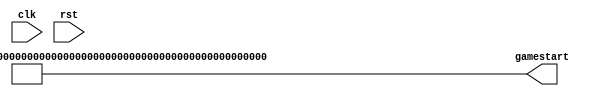
/*
   This file was generated automatically by the Mojo IDE version B1.3.6.
   Do not edit this file directly. Instead edit the original Lucid source.
   This is a temporary file and any changes made to it will be destroyed.
*/

module gamestart_5 (
    input clk,
    input rst,
    output reg [311:0] gamestart
  );
  
  
  
  reg [2047:0] array;
  
  reg [311:0] gs;
  
  
  always @* begin
    array[0+127-:128] = 128'h0f0e0d0c0b0a09080706050403020100;
    array[128+127-:128] = 128'h101112131415161718191a1b1c1d1e1f;
    array[256+127-:128] = 128'h2f2e2d2c2b2a29282726252423222120;
    array[384+127-:128] = 128'h303132333435363738393a3b3c3d3e3f;
    array[512+127-:128] = 128'h4f4e4d4c4b4a49484746454443424140;
    array[640+127-:128] = 128'h505152535455565758595a5b5c5d5e5f;
    array[768+127-:128] = 128'h6f6e6d6c6b6a69686766656463626160;
    array[896+127-:128] = 128'h707172737475767778797a7b7c7d7e7f;
    array[1024+127-:128] = 128'h8f8e8d8c8b8a89888786858483828180;
    array[1152+127-:128] = 128'h909192939495969798999a9b9c9d9e9f;
    array[1280+127-:128] = 128'hafaeadacabaaa9a8a7a6a5a4a3a2a1a0;
    array[1408+127-:128] = 128'hb0b1b2b3b4b5b6b7b8b9babbbcbdbebf;
    array[1536+127-:128] = 128'hcfcecdcccbcac9c8c7c6c5c4c3c2c1c0;
    array[1664+127-:128] = 128'hd0d1d2d3d4d5d6d7d8d9dadbdcdddedf;
    array[1792+127-:128] = 128'hefeeedecebeae9e8e7e6e5e4e3e2e1e0;
    array[1920+127-:128] = 128'hf0f1f2f3f4f5f6f7f8f9fafbfcfdfeff;
    gs[0+7-:8] = array[640+0+7-:8];
    gs[8+7-:8] = array[640+8+7-:8];
    gs[16+7-:8] = array[640+32+7-:8];
    gs[24+7-:8] = array[640+48+7-:8];
    gs[32+7-:8] = array[640+64+7-:8];
    gs[40+7-:8] = array[640+88+7-:8];
    gs[48+7-:8] = array[640+104+7-:8];
    gs[56+7-:8] = array[640+120+7-:8];
    gs[64+7-:8] = array[768+0+7-:8];
    gs[72+7-:8] = array[768+16+7-:8];
    gs[80+7-:8] = array[768+32+7-:8];
    gs[88+7-:8] = array[768+40+7-:8];
    gs[96+7-:8] = array[768+64+7-:8];
    gs[104+7-:8] = array[768+80+7-:8];
    gs[112+7-:8] = array[768+104+7-:8];
    gs[120+7-:8] = array[768+112+7-:8];
    gs[128+7-:8] = array[896+0+7-:8];
    gs[136+7-:8] = array[896+8+7-:8];
    gs[144+7-:8] = array[896+32+7-:8];
    gs[152+7-:8] = array[896+40+7-:8];
    gs[160+7-:8] = array[896+64+7-:8];
    gs[168+7-:8] = array[896+80+7-:8];
    gs[176+7-:8] = array[896+104+7-:8];
    gs[184+7-:8] = array[1024+0+7-:8];
    gs[192+7-:8] = array[1024+16+7-:8];
    gs[200+7-:8] = array[1024+32+7-:8];
    gs[208+7-:8] = array[1024+48+7-:8];
    gs[216+7-:8] = array[1024+64+7-:8];
    gs[224+7-:8] = array[1024+80+7-:8];
    gs[232+7-:8] = array[1024+104+7-:8];
    gs[240+7-:8] = array[1024+112+7-:8];
    gs[248+7-:8] = array[1152+0+7-:8];
    gs[256+7-:8] = array[1152+8+7-:8];
    gs[264+7-:8] = array[1152+32+7-:8];
    gs[272+7-:8] = array[1152+40+7-:8];
    gs[280+7-:8] = array[1152+64+7-:8];
    gs[288+7-:8] = array[1152+88+7-:8];
    gs[296+7-:8] = array[1152+104+7-:8];
    gs[304+7-:8] = array[1152+120+7-:8];
    gamestart = gs;
  end
endmodule